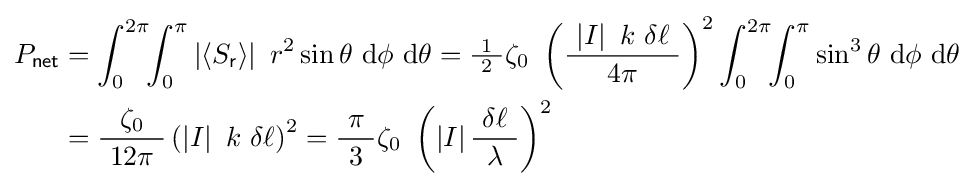
{\begin{aligned}P_{\mathsf {net}}&=\int _{0}^{2\pi }\!\!\int _{0}^{\pi }\left|\langle S_{\mathsf {r}}\rangle \right|\ r^{2}\sin \theta \ \mathrm {d} {\phi }\ \mathrm {d} \theta ={\tfrac {\ 1\ }{2}}\zeta _{0}\ \left({\frac {\ \left|I\right|\ k\ \delta \ell \ }{4\pi }}\right)^{2}\int _{0}^{2\pi }\!\!\int _{0}^{\pi }\sin ^{3}\theta \ \mathrm {d} {\phi }\ \mathrm {d} \theta \\&={\frac {\zeta _{0}}{\ 12\pi \ }}\left(\left|I\right|\ k\ \delta \ell \right)^{2}={\frac {\ \pi \ }{3}}\zeta _{0}\ \left(\left|I\right|{\frac {\ \delta \ell \ }{\lambda }}\right)^{2}\end{aligned}}